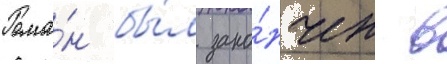
Рома́н бы́л зако́нчен в